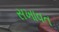
સખાવત